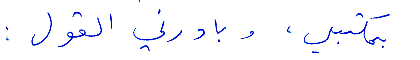
بمكتبي، وبادرني القول: